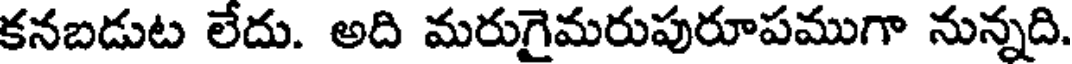
కనబడుట లేదు. అది మరుగైమరుపురూపముగా నున్నది